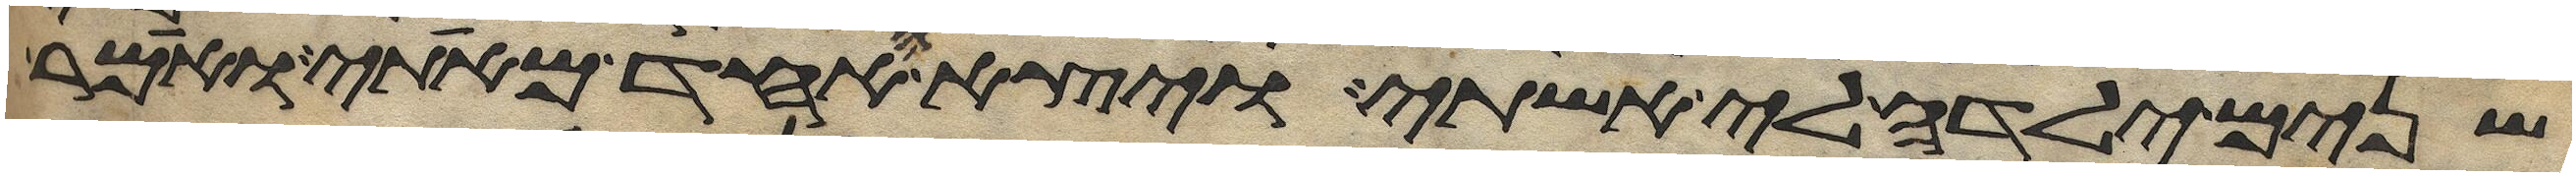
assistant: שנים ילדה לי אשתי ויצא האחד מאתי ואמר